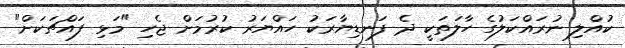
ކުއްލި ނުރައްކަލުގެ ހާލަތަކީ ދެ ފަނޑިޔާރަކު ހައްޔަރު ކުރުމަށް ޖެހި "މަޅި ފައްޗަކަށް"